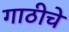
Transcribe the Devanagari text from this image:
गाठीचे